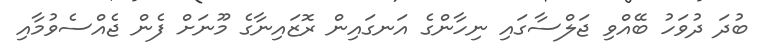
ބުދަ ދުވަހު ބޭއްވި ޖަލްސާގައި ނިހާންގެ އަނގައިން ރޮޒައިނާގެ މޫނަށް ފެން ޖެއްސެވުމާއި